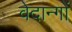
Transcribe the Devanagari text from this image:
वेदान्गों